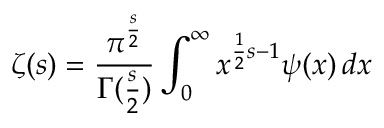
\zeta ( s ) = { \frac { \pi ^ { \frac { s } { 2 } } } { \Gamma ( { \frac { s } { 2 } } ) } } \int _ { 0 } ^ { \infty } x ^ { { \frac { 1 } { 2 } } { s } - 1 } \psi ( x ) \, d x